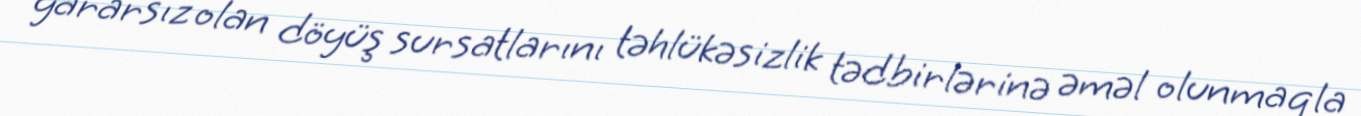
yararsız olan döyüş sursatlarını təhlükəsizlik tədbirlərinə əməl olunmaqla